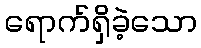
ရောက်ရှိခဲ့သော